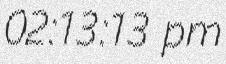
02:13:13 pm